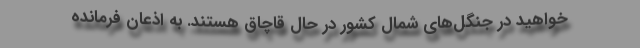
خواهید در جنگل‌های شمال کشور در حال قاچاق هستند. به اذعان فرمانده